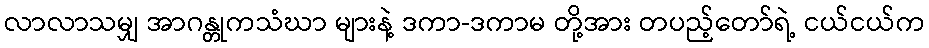
လာလာသမျှ အာဂန္တုကသံဃာ များနဲ့ ဒကာ-ဒကာမ တို့အား တပည့်တော်ရဲ့ ငယ်ငယ်က